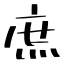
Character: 庶